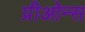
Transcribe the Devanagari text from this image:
प्रीओन्स